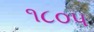
૧૮૦૫